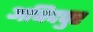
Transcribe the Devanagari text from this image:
अबिदपुर